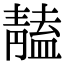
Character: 𩇠